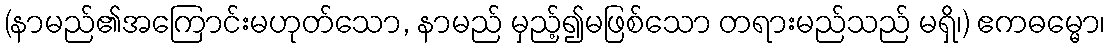
(နာမည်၏အကြောင်းမဟုတ်သော, နာမည် မှည့်၍မဖြစ်သော တရားမည်သည် မရှိ၊) ဧကဓမ္မော၊